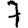
Digit: 7